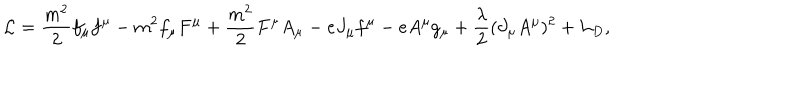
{ \cal L } = \frac { m ^ { 2 } } { 2 } f _ { \mu } f ^ { \mu } - m ^ { 2 } f _ { \mu } F ^ { \mu } + \frac { m ^ { 2 } } { 2 } F ^ { \mu } A _ { \mu } - e J _ { \mu } f ^ { \mu } - e A ^ { \mu } g _ { \mu } + \frac { \lambda } { 2 } ( \partial _ { \mu } A ^ { \mu } ) ^ { 2 } + { \cal L } _ { D } ,